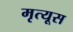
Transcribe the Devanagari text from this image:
मृत्यूस